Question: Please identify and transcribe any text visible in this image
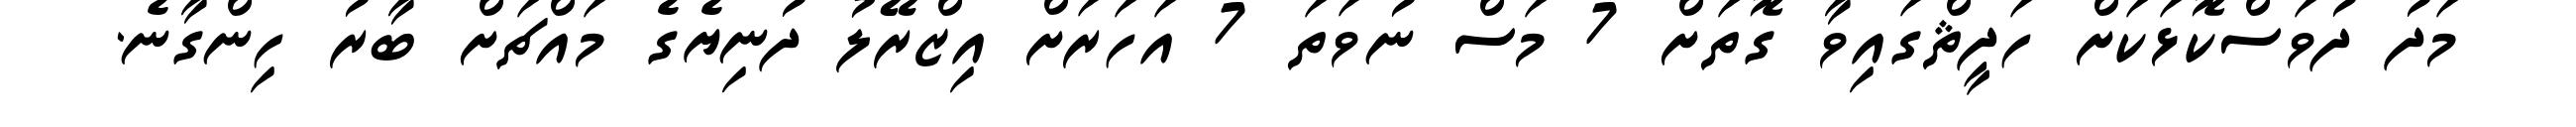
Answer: މަދު ދުވަސްކޮޅަކަށް ހަދީޘްގައިވާ ގޮތަށް 7 މަސް ނުވަތަ 7 އަހަރަށް އިޒްރޭލު ދުނިޔެގެ މައްޗަށް ބާރު ހިންގާނެ.